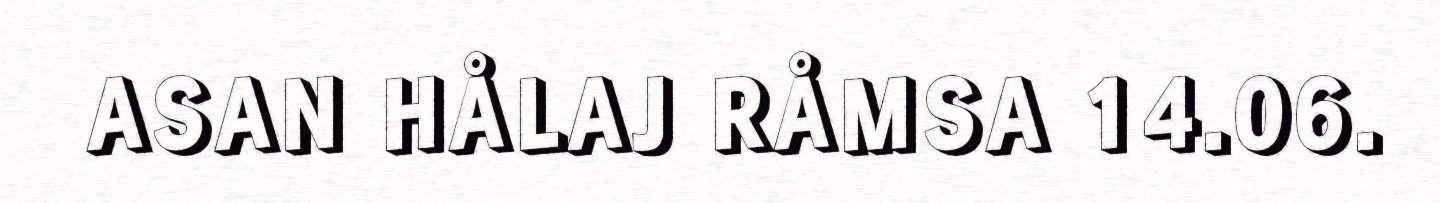
ASAN HÅLAJ RÅMSA 14.06.